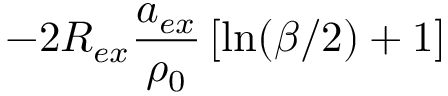
- 2 R _ { e x } \frac { a _ { e x } } { \rho _ { 0 } } \left[ \ln ( \beta / 2 ) + 1 \right]